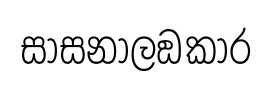
සාසනාලඞකාර